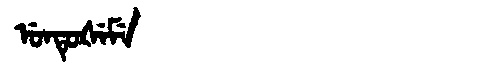
Manchu: ᡠᠨᡨᡠᡧᡝᠮᡝ
Romanization: UNTUŠEME